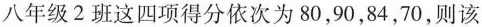
八年级2班这四项得分依次为80，90，84，70，则该